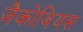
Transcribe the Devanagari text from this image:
जैकोबियस